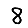
Digit: 8